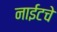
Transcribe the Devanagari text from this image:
नाईटचे